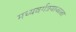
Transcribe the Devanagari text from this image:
मध्यवर्गत्रयाज्जाता